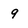
Character: 9